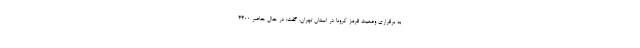
به برقراری وضعیت قرمز کرونا در استان تهران، گفت: در حال حاضر ۴۴۰۰